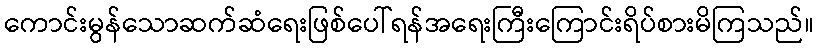
ကောင်းမွန်သောဆက်ဆံရေးဖြစ်ပေါ်ရန်အရေးကြီးကြောင်းရိပ်စားမိကြသည်။